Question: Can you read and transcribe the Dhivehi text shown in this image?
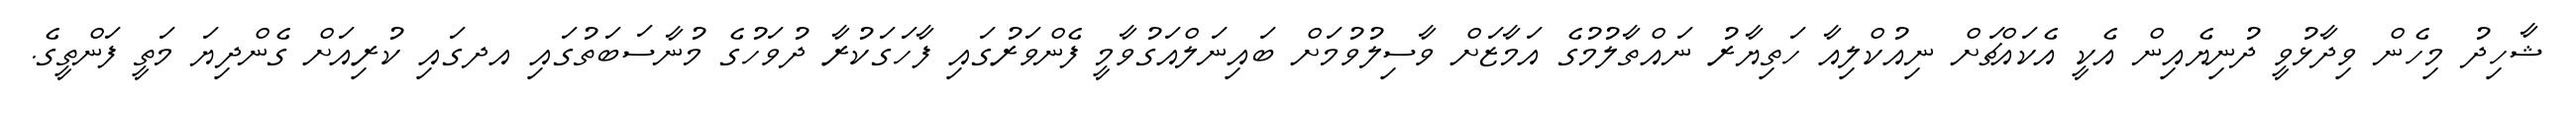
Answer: ޝާހިދު މިހެން ވިދާޅުވީ ދުނިޔެއިން އެކީ އެކައްޗަށް ނިއުކްލިއާ ހަތިޔާރު ނައްތާލުމުގެ އަމާޒަށް ވާސިލުވުމަށް ބައިނަލްއަގުވާމީ ފެންވަރުގައި ފާހަގަކުރާ ދުވަހުގެ މުނާސަބަތުގައި އދގައި ކުރިއަށް ގެންދިޔަ މަތީ ފަންތީގެ.